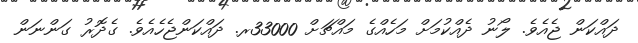
ދައްކަން ޖެއެވެ. ލޯނު ދެއްކުމަށް މަހެއްގެ މައްޗަށް 33000ރ. ދައްކަންޖެހެއެވެ. ގެދޮރު ގަންނަން